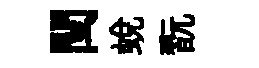
閏蜕翫